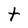
Character: T